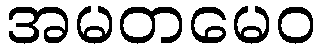
အမတမေဝ